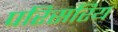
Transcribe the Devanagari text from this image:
परिसरिय